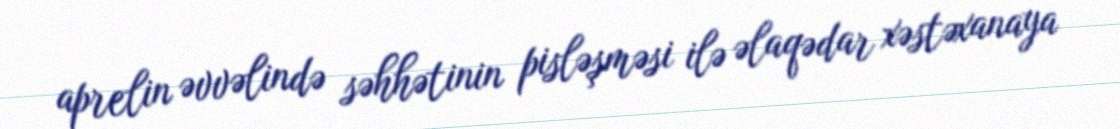
aprelin əvvəlində səhhətinin pisləşməsi ilə əlaqədar xəstəxanaya